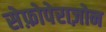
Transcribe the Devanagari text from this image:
सेफ़ोपेराज़ोन